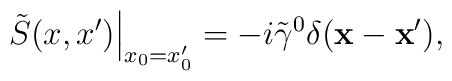
\left. \tilde{S}(x,x')\right |_{x_0=x'_0}=-i\tilde{\gamma}^0 \delta({\bf x}-{\bf x}'),